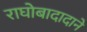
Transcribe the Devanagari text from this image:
राघोबादादाने